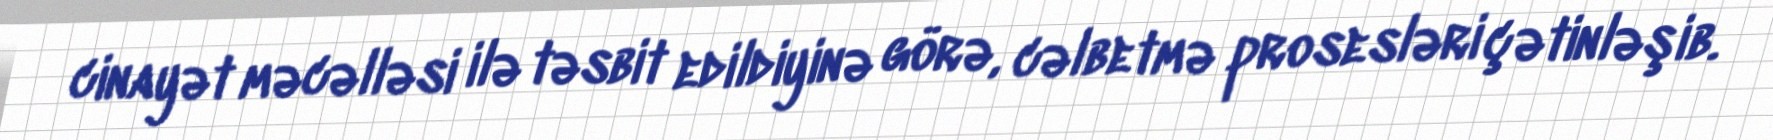
cinayət məcəlləsi ilə təsbit edildiyinə görə, cəlbetmə prosesləri çətinləşib.